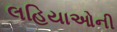
લહિયાઓની